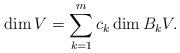
LaTeX: \begin{align*}\dim V = \sum_{k=1}^m c_k \dim B_kV.\end{align*}